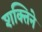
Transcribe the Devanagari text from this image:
शक्तिने